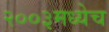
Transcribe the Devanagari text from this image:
२००३मध्येच